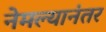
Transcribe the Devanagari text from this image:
नेमल्यानंतर